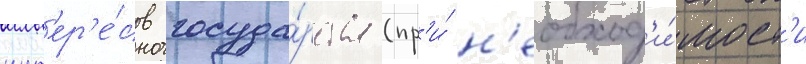
инт'ер'е́сов госуда́рства (пр'и́ н'еобход'и́мост'и